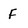
Character: F